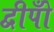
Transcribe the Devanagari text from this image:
द्वीपोँ